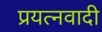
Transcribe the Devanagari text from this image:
प्रयत्नवादी